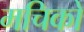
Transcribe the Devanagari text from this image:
मचिको